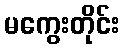
မကွေးတိုင်း